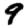
Digit: 9